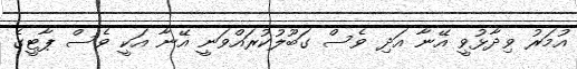
އުމަރު ވިދާޅުވީ އޭނާ އަދި ވެސް ގަބޫލުކުރައްވަނީ އޭނާ އަކީ ވެސް ޕާޓީގެ